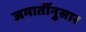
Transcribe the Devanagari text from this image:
जमातींनुसार